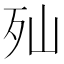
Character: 𣧈